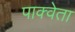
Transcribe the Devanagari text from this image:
पाक्वेता